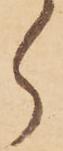
ら